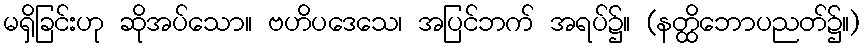
မရှိခြင်းဟု ဆိုအပ်သော။ ဗဟိပဒေသေ၊ အပြင်ဘက် အရပ်၌။ (နတ္ထိဘောပညတ်၌။)